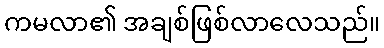
ကမလာ၏ အချစ်ဖြစ်လာလေသည်။